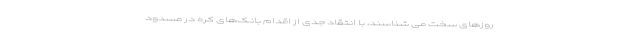
روزهای سخت می­ شناسند، با انتقاد جدی از اقدام بانک­های کره در مسدود